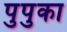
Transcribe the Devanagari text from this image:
पुपुका